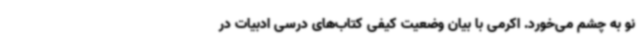
نو به چشم می‌خورد. اکرمی با بیان وضعیت کیفی کتاب‌های درسی ادبیات در